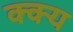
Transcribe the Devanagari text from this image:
क्क्य